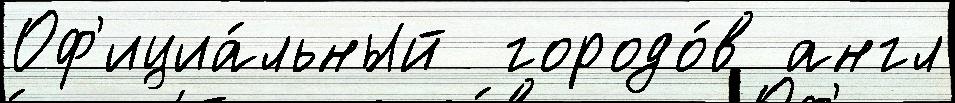
Оф'ициа́льный  городо́в англ